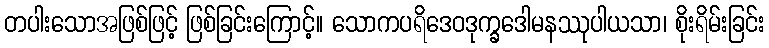
တပါးသောအဖြစ်ဖြင့် ဖြစ်ခြင်းကြောင့်။ သောကပရိဒေဝဒုက္ခဒေါမနဿုပါယသာ၊ စိုးရိမ်းခြင်း